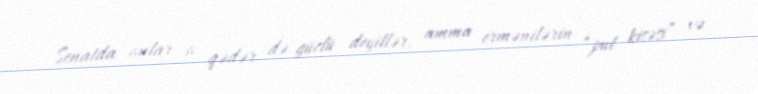
Senatda onlar o qədər də güclü deyillər, amma ermənilərin “pul kisəsi” və